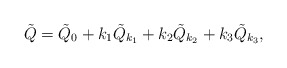
\begin{align*} \tilde Q=\tilde Q_0 + k_1 \tilde Q_{k_1}+ k_2 \tilde Q_{k_2}+ k_3 \tilde Q_{k_3},\end{align*}